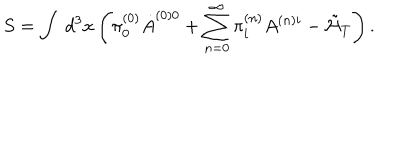
S = \int \ d ^ { 3 } x \left( \pi _ { 0 } ^ { ( 0 ) } \dot { A } ^ { ( 0 ) 0 } + \sum _ { n = 0 } ^ { \infty } \pi _ { i } ^ { ( n ) } A ^ { ( n ) i } - \tilde { \cal H } _ { T } \right) .